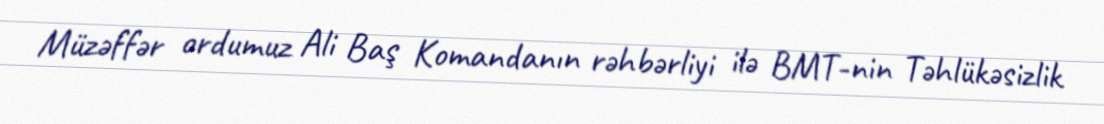
Müzəffər ordumuz Ali Baş Komandanın rəhbərliyi ilə BMT-nin Təhlükəsizlik